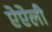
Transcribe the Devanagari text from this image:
ऐऐली